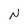
Character: N